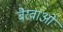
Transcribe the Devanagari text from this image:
बैरवाओ